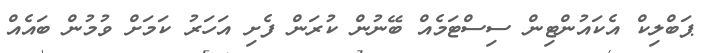
ޕަބްލިކް އެކައުންޓިން ސިސްޓަމެއް ބޭނުން ކުރަން ފެށި އަހަރު ކަމަށް ވުމުން ބައެއް